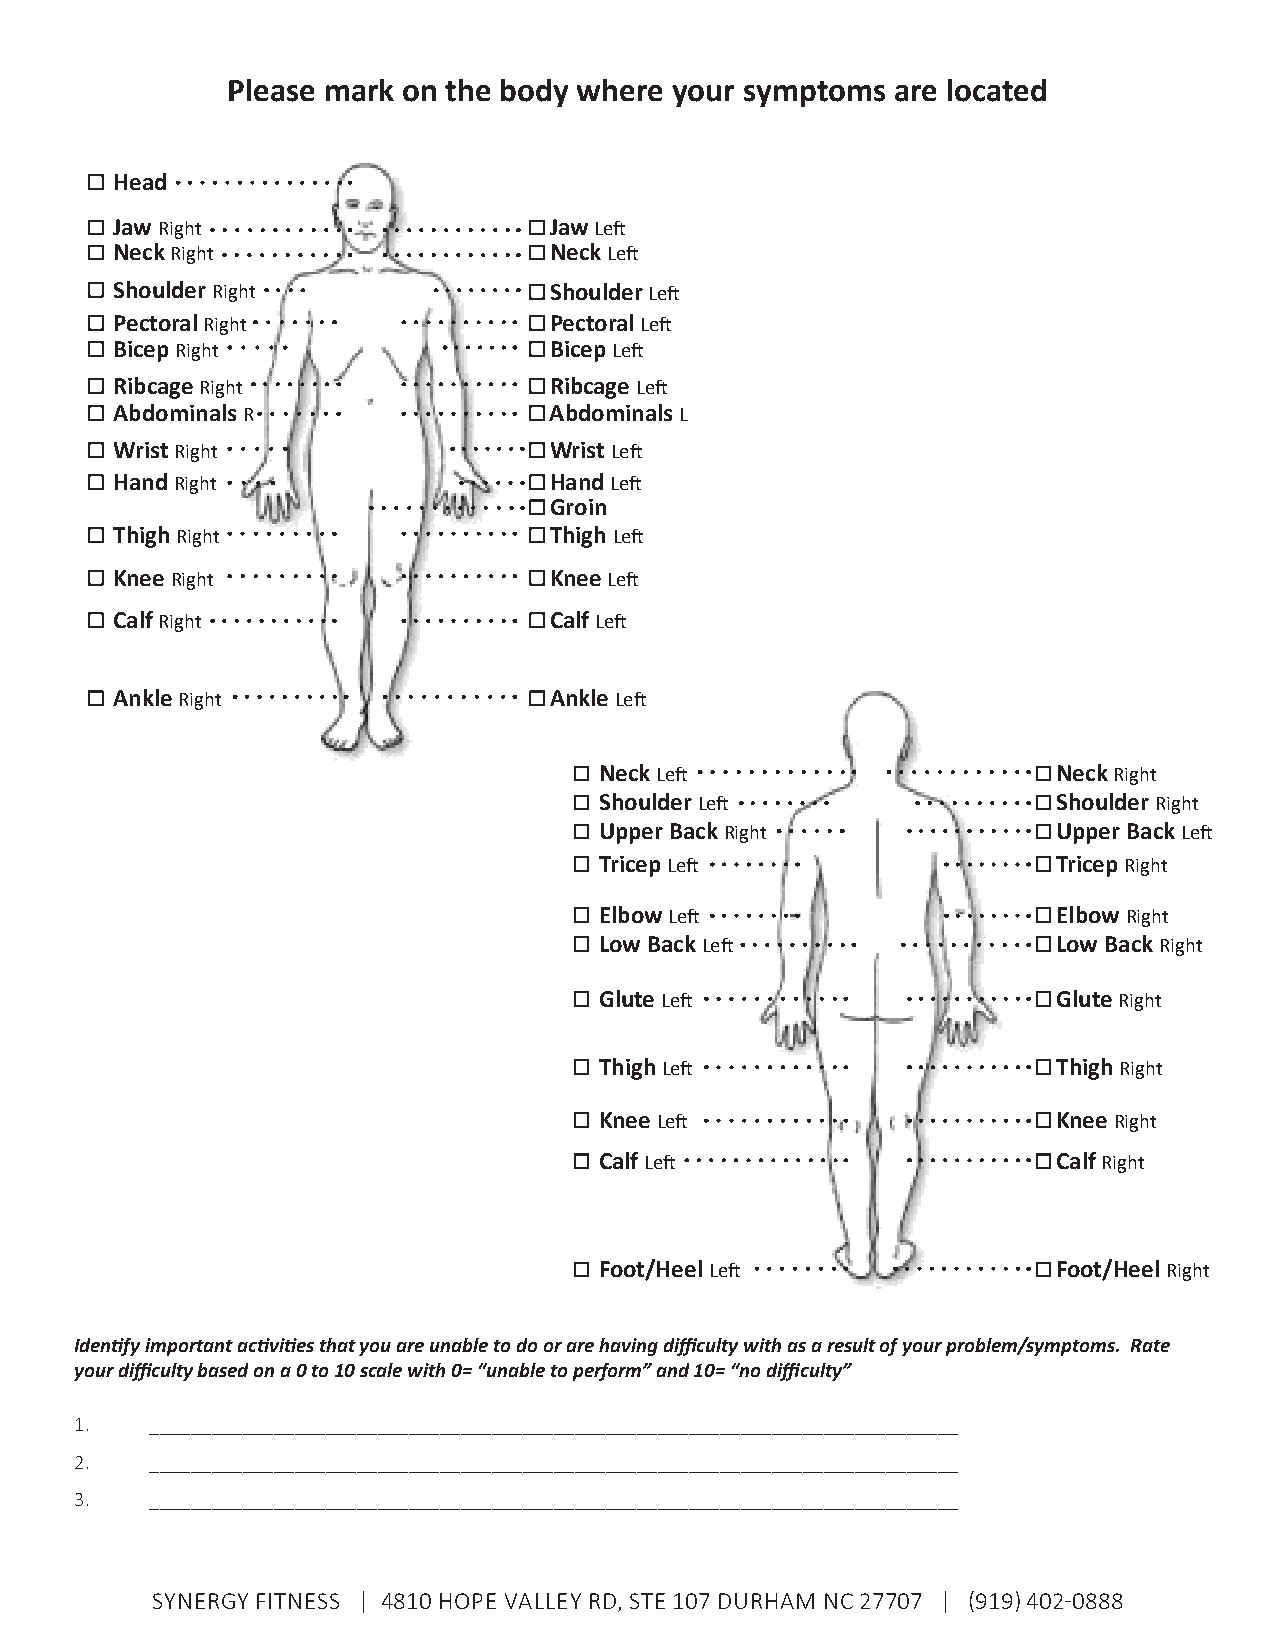
Please mark on the body where your symptoms are located
 Head
 Jaw Right                    Jaw Left
 Neck Right                   Neck Left
 Shoulder Right               Shoulder Left
 Pectoral Right               Pectoral Left
 Bicep Right                  Bicep Left
 Ribcage Right                Ribcage Left
 Abdominals R                 Abdominals L
 Wrist Right                  Wrist Left
 Hand Right                   Hand Left
 Groin
 Thigh Right                  Thigh Left
 Knee Right                   Knee Left
 Calf Right                   Calf Left
 Ankle Right                  Ankle Left
 Neck Left                     Neck Right
 Shoulder Left                 Shoulder Right
 Upper Back Right              Upper Back Left
 Tricep Left                   Tricep Right
 Elbow Left                    Elbow Right
 Low Back Left                 Low Back Right
 Glute Left                    Glute Right
 Thigh Left                    Thigh Right
 Knee Left                     Knee Right
 Calf Left                     Calf Right
 Foot/Heel Left                Foot/Heel Right
 Identify important activities that you are unable to do or are having difficulty with as a result of your problem/symptoms. Rate
 your difficulty based on a 0 to 10 scale with 0= “unable to perform” and 10= “no difficulty”
 1.   ______________________________________________________________________________
 2.   ______________________________________________________________________________
 3.   ______________________________________________________________________________
 SYNERGY FITNESS | 4810 HOPE VALLEY RD, STE 107 DURHAM NC 27707 | (919) 402-0888